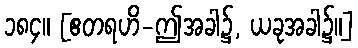
၁၈၄။ [ဧတရဟိ-ဤအခါ၌, ယခုအခါ၌။]